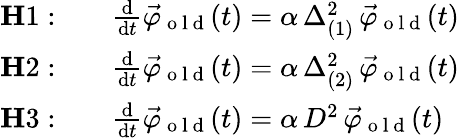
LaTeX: \begin{array}{rl}{{\mathbf H1:}}&{{}\quad\frac{\mathrm{d}}{\mathrm{d}t}\vec{\varphi}_{\mathrm{~o~l~d~}}(t)=\alpha\, \Delta_{(1)}^{2}\, \vec{\varphi}_{\mathrm{~o~l~d~}}(t)}\\ {{\mathbf H2:}}&{{}\quad\frac{\mathrm{d}}{\mathrm{d}t}\vec{\varphi}_{\mathrm{~o~l~d~}}(t)=\alpha\, \Delta_{(2)}^{2}\, \vec{\varphi}_{\mathrm{~o~l~d~}}(t)}\\ {{\mathbf H3:}}&{{}\quad\frac{\mathrm{d}}{\mathrm{d}t}\vec{\varphi}_{\mathrm{~o~l~d~}}(t)=\alpha\, D^{2}\, \vec{\varphi}_{\mathrm{~o~l~d~}}(t)}\end{array}